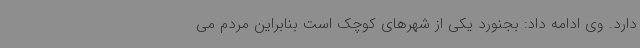
دارد. وی ادامه داد: بجنورد یکی از شهرهای کوچک است بنابراین مردم می